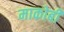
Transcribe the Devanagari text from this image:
माकोबी